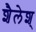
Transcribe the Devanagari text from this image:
शैलेश्